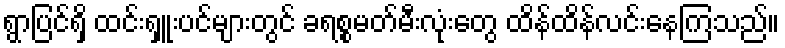
ရွာပြင်ရှိ ထင်းရှူးပင်များတွင် ခရစ္စမတ်မီးလုံးတွေ ထိန်ထိန်လင်းနေကြသည်။